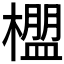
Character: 𬄳